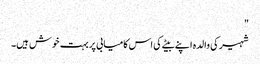
"
شہیر کی والدہ اپنے بیٹے کی اس کامیابی پر بہت خوش ہیں۔